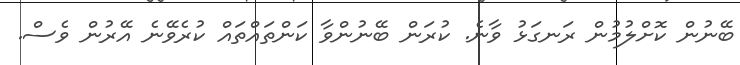
ބޭނުން ކޮށްލުމުން ރަނގަޅު ވާނެ. ކުރަން ބޭނުންވާ ކަންތައްތައް ކުރެވޭނެ އޭރުން ވެސް.